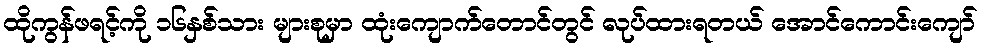
ထိုကွန်ဖရင့်ကို ၁၆နှစ်သား များစုမှာ ထုံးကျောက်တောင်တွင် လုပ်ထားရတယ် အောင်ကောင်းကျော်